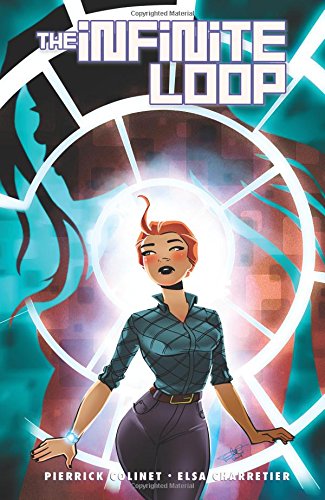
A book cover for The Infinite Loop; Pierrick Colinet; Comics & Graphic Novels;